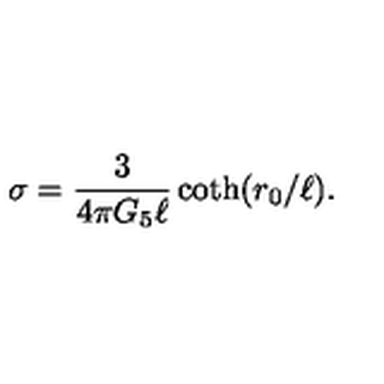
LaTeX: \sigma = { \frac { 3 } { 4 \pi G _ { 5 } \ell } } \coth ( r _ { 0 } / \ell ) .